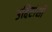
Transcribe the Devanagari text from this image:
उद्दिष्टांशी